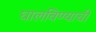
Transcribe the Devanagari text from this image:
घालविण्याची